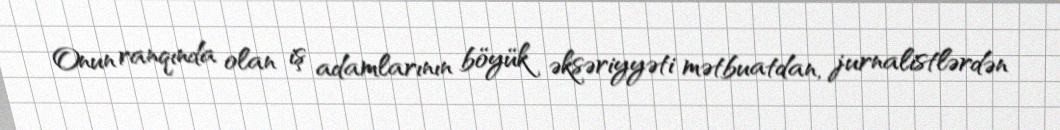
Onun ranqında olan iş adamlarının böyük əksəriyyəti mətbuatdan, jurnalistlərdən